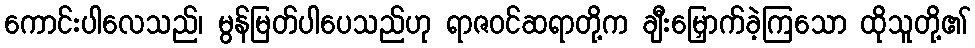
ကောင်းပါလေသည်၊ မွန်မြတ်ပါပေသည်ဟု ရာဇဝင်ဆရာတို့က ချီးမြှောက်ခဲ့ကြသော ထိုသူတို့၏